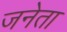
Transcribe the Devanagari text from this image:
जनेता